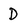
Character: D